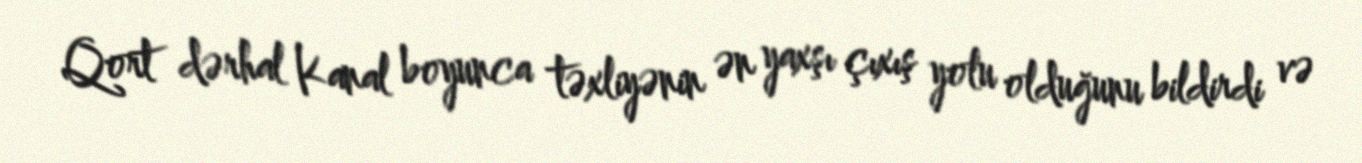
Qort dərhal Kanal boyunca təxliyənin ən yaxşı çıxış yolu olduğunu bildirdi və